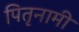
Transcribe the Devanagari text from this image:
पितृनामी